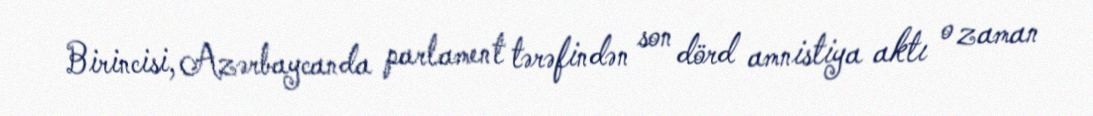
Birincisi, Azərbaycanda parlament tərəfindən son dörd amnistiya aktı o zaman